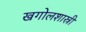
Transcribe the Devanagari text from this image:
खगोलशास्री